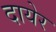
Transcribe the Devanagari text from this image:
दायेर